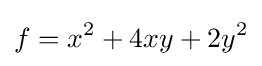
f=x^{2}+4xy+2y^{2}